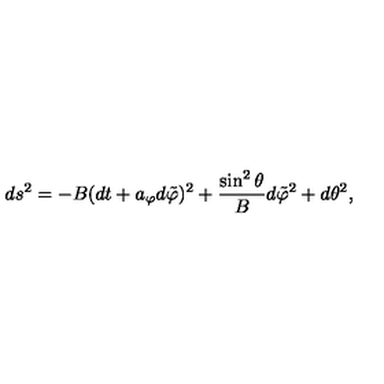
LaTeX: d s ^ { 2 } = - B ( d t + a _ { \varphi } d \tilde { \varphi } ) ^ { 2 } + { \frac { \sin ^ { 2 } \theta } { B } } d \tilde { \varphi } ^ { 2 } + d \theta ^ { 2 } ,